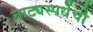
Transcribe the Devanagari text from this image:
नाट्यस्पर्धेची